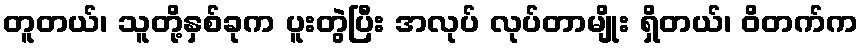
တူတယ်၊ သူတို့နှစ်ခုက ပူးတွဲပြီး အလုပ် လုပ်တာမျိုး ရှိတယ်၊ ဝိတက်က